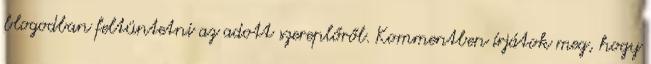
blogodban feltüntetni az adott szereplőről. Kommentben írjátok meg, hogy